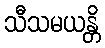
သီသမယန္တိ